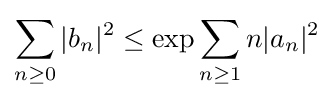
\sum _{n\geq 0}|b_{n}|^{2}\leq \exp \sum _{n\geq 1}n|a_{n}|^{2}